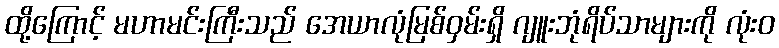
ထို့ကြောင့် မဟာမင်းကြီးသည် အေယာလုံမြစ်ဝှမ်းရှိ ဂျူးဘုံရိပ်သာများကို လုံးဝ